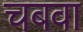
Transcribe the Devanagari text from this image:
चबवा